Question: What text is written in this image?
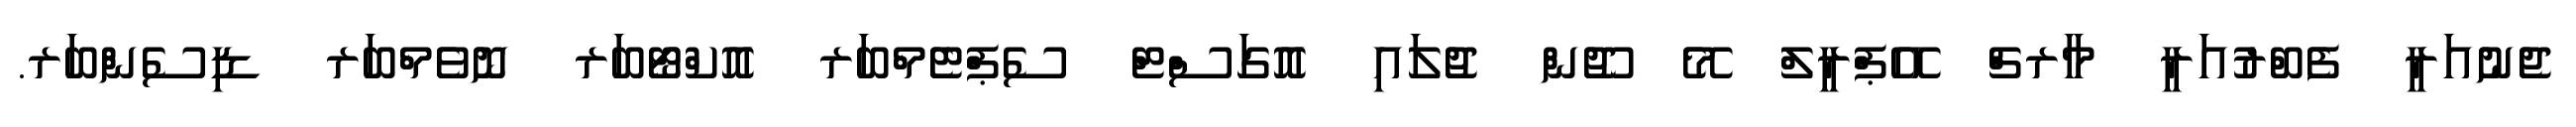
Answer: ޖެނުއަރީ ފެބްރުއަރީ މާރޗް އޭޕްރީލް މޭ ޖޫން ޖުލައި އޮގަސްޓް ސެޕްޓެމްބަރ އޮކްޓޯބަރ ނޮވެމްބަރ ޑިސެންބަރ.